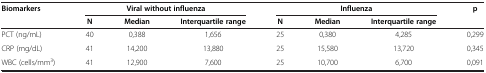
| Biomarkers | <COLSPAN=3> Viral without influenza | <COLSPAN=3> Influenza | p |
 |  | N | Median | Interquartile range | N | Median | Interquartile range |  |
 | --- | --- | --- | --- | --- | --- | --- | --- |
 | PCT (ng/mL) | 40 | 0,388 | 1,656 | 25 | 0,380 | 4,285 | 0,299 |
 | CRP (mg/dL) | 41 | 14,200 | 13,880 | 25 | 15,580 | 13,720 | 0,345 |
 | WBC (cells/mm3) | 41 | 12,900 | 7,600 | 25 | 10,700 | 6,700 | 0,091 |